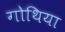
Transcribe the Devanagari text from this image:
गोथिया